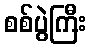
စစ်ပွဲကြီး